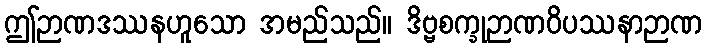
ဤဉာဏဒဿနဟူသော အမည်သည်။ ဒိဗ္ဗစက္ခုဉာဏဝိပဿနာဉာဏ